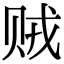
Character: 贼